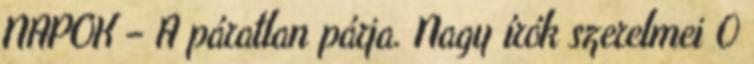
NAPOK – A páratlan párja. Nagy írók szerelmei 0